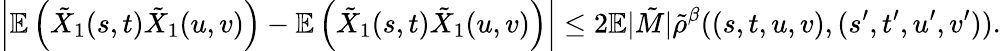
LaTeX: \left|\mathbb{E}\left(\tilde{X}_{1}(s,t)\tilde{X}_{1}(u,v)\right)-\mathbb{E}\left(\tilde{X}_{1}(s,t)\tilde{X}_{1}(u,v)\right)\right|\le 2\mathbb{E}|\tilde{M}|\tilde{\rho}^{\beta}((s,t,u,v),(s^{\prime},t^{\prime},u^{\prime},v^{\prime})).